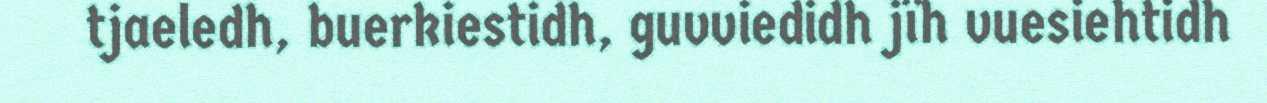
tjaeledh, buerkiestidh, guvviedidh jïh vuesiehtidh